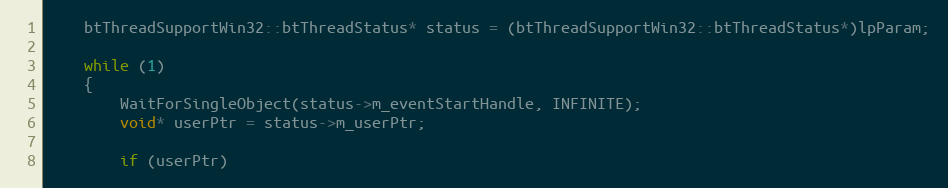
Language: C++
	btThreadSupportWin32::btThreadStatus* status = (btThreadSupportWin32::btThreadStatus*)lpParam;

	while (1)
	{
		WaitForSingleObject(status->m_eventStartHandle, INFINITE);
		void* userPtr = status->m_userPtr;

		if (userPtr)